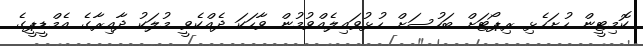
ކޮމިޓީން ހުށަހެޅި ރިޕޯޓަށް ބަހުސަށް ހުޅުވައިލެއްވުމުން ވާހަކަ ދެއްކެވީ މުލަކު ދާއިރާގެ އެމްޑީޕީގެ